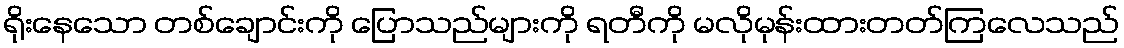
ရိုးနေသော တစ်ချောင်းကို ပြောသည်များကို ရတီကို မလိုမုန်းထားတတ်ကြလေသည်